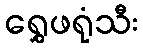
ရွှေဖရုံသီး